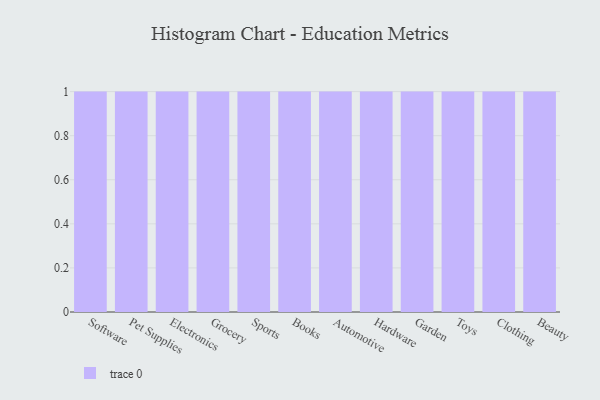
{"axis": {"x": "Category", "y": "Budget (USD K)"}, "legend": [""], "data": [{"x": "Software", "y": 18, "type": ""}, {"x": "Pet Supplies", "y": 76, "type": ""}, {"x": "Electronics", "y": 42, "type": ""}, {"x": "Grocery", "y": 76, "type": ""}, {"x": "Sports", "y": 68, "type": ""}, {"x": "Books", "y": 97, "type": ""}, {"x": "Automotive", "y": 43, "type": ""}, {"x": "Hardware", "y": 61, "type": ""}, {"x": "Garden", "y": 47, "type": ""}, {"x": "Toys", "y": 93, "type": ""}, {"x": "Clothing", "y": 44, "type": ""}, {"x": "Beauty", "y": 47, "type": ""}]}